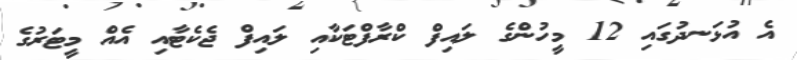
އެ އުޅަނދުގައި 12 މީހުންގެ ލައިފް ކްރާފްޓަކާއި ލައިފް ޖެކެޓާއި އެއް މީޓަރުގެ